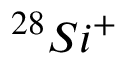
^ { 2 8 } S i ^ { + }